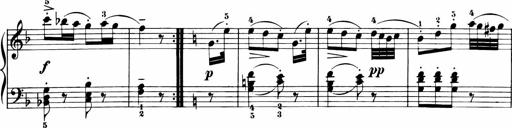
Title: 11 Sonatinas for Piano Solo
Composer: Anton Diabelli